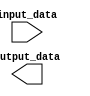
module Generate_Parameterized_Module #(parameter WIDTH = 8) (
    input [WIDTH-1:0] input_data,
    output [WIDTH-1:0] output_data
);

// Logic to generate instances based on parameter values
// Code to generate multiple instances with varying configurations

endmodule